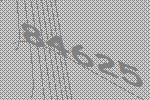
84625